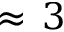
\approx \, 3